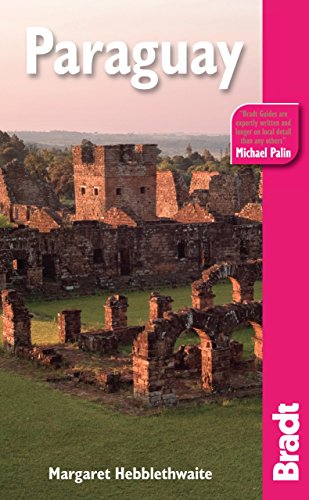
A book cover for Paraguay (Bradt Travel Guide Paraguay); Margaret Hebblethwaite; Travel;